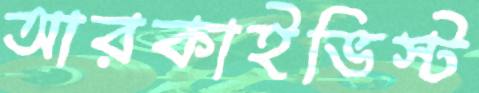
আরকাইভিস্ট